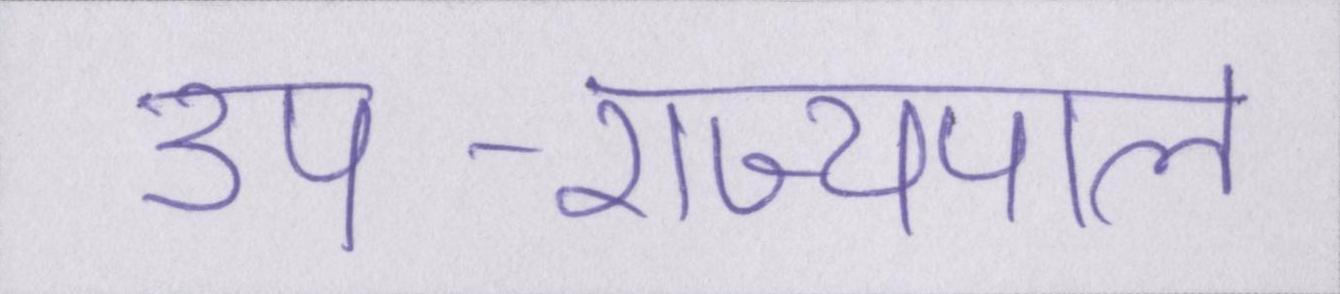
उप-राज्यपाल